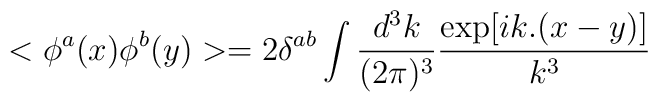
<\phi^a(x)\phi^b(y)>=2\delta^{ab} \int \frac{d^3k}{(2\pi)^3}\frac{\exp[ik.(x-y)]}{k^3}